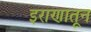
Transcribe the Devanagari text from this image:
इराणातून